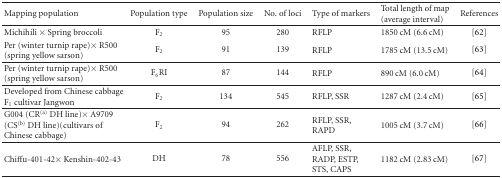
<table><thead><tr><td><b>Mapping population</b></td><td><b>Population type</b></td><td><b>Population size</b></td><td><b>No. of loci</b></td><td><b>Type of markers</b></td><td><b>Total length of map (average interval)</b></td><td><b>References</b></td></tr></thead><tbody><tr><td>Michihili × Spring broccoli</td><td>F<sub>2</sub></td><td>95</td><td>280</td><td>RFLP</td><td>1850 cM (6.6 cM)</td><td>[62]</td></tr><tr><td>Per (winterturnip rape)× R500 (spring yellow sarson)</td><td>F<sub>2</sub></td><td>91</td><td>139</td><td>RFLP</td><td>1785 cM (13.5 cM)</td><td>[63]</td></tr><tr><td>Per (winter turnip rape)× R500 (spring yellow sarson)</td><td>F<sub>6</sub>RI</td><td>87</td><td>144</td><td>RFLP</td><td>890 cM (6.0 cM)</td><td>[64]</td></tr><tr><td>Developed from Chinese cabbage F<sub>1</sub> cultivar Jangwon</td><td>F<sub>2</sub></td><td>134</td><td>545</td><td>RFLP, SSR</td><td>1287 cM (2.4 cM)</td><td>[65]</td></tr><tr><td>G004 (CR<sup>(a)</sup> DH line)× A9709 (CS<sup>(b)</sup> DH line)(cultivars ofChinese cabbage)</td><td>F<sub>2</sub></td><td>94</td><td>262</td><td>RFLP, SSR, RAPD</td><td>1005 cM (3.7 cM)</td><td>[66]</td></tr><tr><td>Chiffu-401-42× Kenshin-402-43</td><td>DH</td><td>78</td><td>556</td><td>AFLP, SSR, RADP, ESTP, STS, CAPS</td><td>1182 cM (2.83 cM)</td><td>[67]</td></tr></tbody></table>